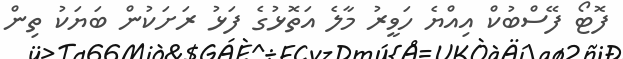
ފޮޓޯ ފޭސްބުކް އިއްޔެ ހަވީރު މާލެ އަތޮޅުގެ ފަޅު ރަށަކުން ބަޔަކު ތިން